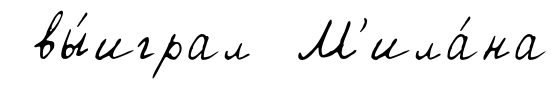
вы́играл М'ила́на